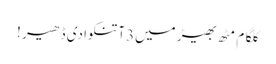
کلگام مٹھ بھیڑ میں3آتنکوادی ڈھیر !